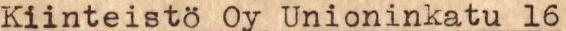
Kiinteistö Oy Unioninkatu l6